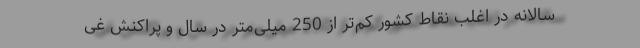
سالانه در اغلب نقاط کشور کم‌تر از 250 میلی‌متر در سال و پراکنش غی